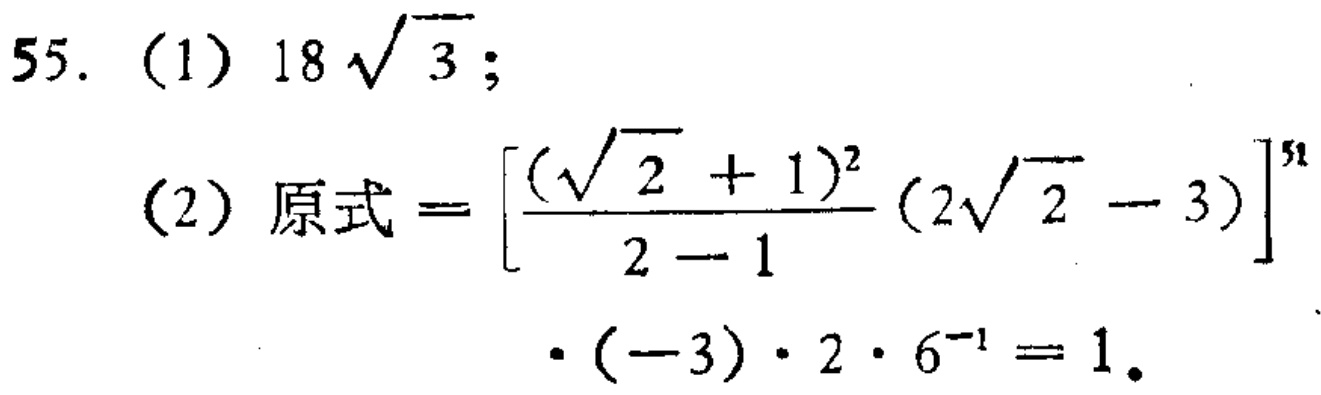
55. (1) \(18\sqrt{3}\);

(2) 原式\(=\left[\frac{(\sqrt{2} + 1)^2}{2 - 1}(2\sqrt{2} - 3)\right]^{51}\cdot(-3)\cdot2\cdot6^{-1}=1\).